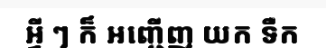
អ្វី ៗ ក៏ អញ្ជើញ យក ទឺក